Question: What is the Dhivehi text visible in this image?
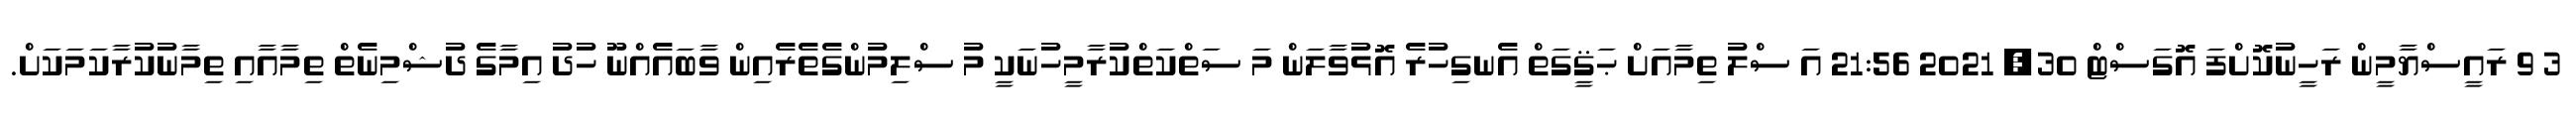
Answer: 3 9 ރައީސްޔާމީން ރަހީނުކޮށްފަ އޮގަސްޓް 30, 2021 21:56 އަ ސްލު ތިމާއަށް ޙަޤީގަތް އެނގިހުރެ އޮޅުވާލަން މަ ސަތްކަތްކުރާމީހުނަކީ މު ސްލިމުންގެތެރެއިން ވާބައެއްނޫ ހުދު އިމާގެ ދުޝްމިނެތް ތިމާއާއި ތިމާނުކުރާކަމަކަށް.